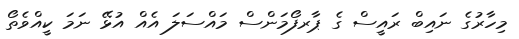
މިހާރުގެ ނައިބް ރައީސް ގެ ޕާރފޯމަންސް މައްސަލަ އެއް އުޅޭ ނަމަ ކީއްވެތޯ